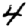
Digit: 4